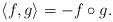
LaTeX: \begin{align*}\langle f,g \rangle = - f \circ g.\end{align*}